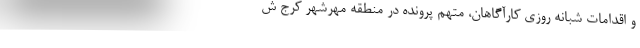
و اقدامات شبانه روزی کارآگاهان، متهم پرونده در منطقه مهرشهر کرج ش